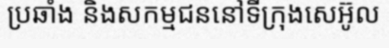
ប្រឆាំង និងសកម្មជននៅទីក្រុងសេអ៊ូល